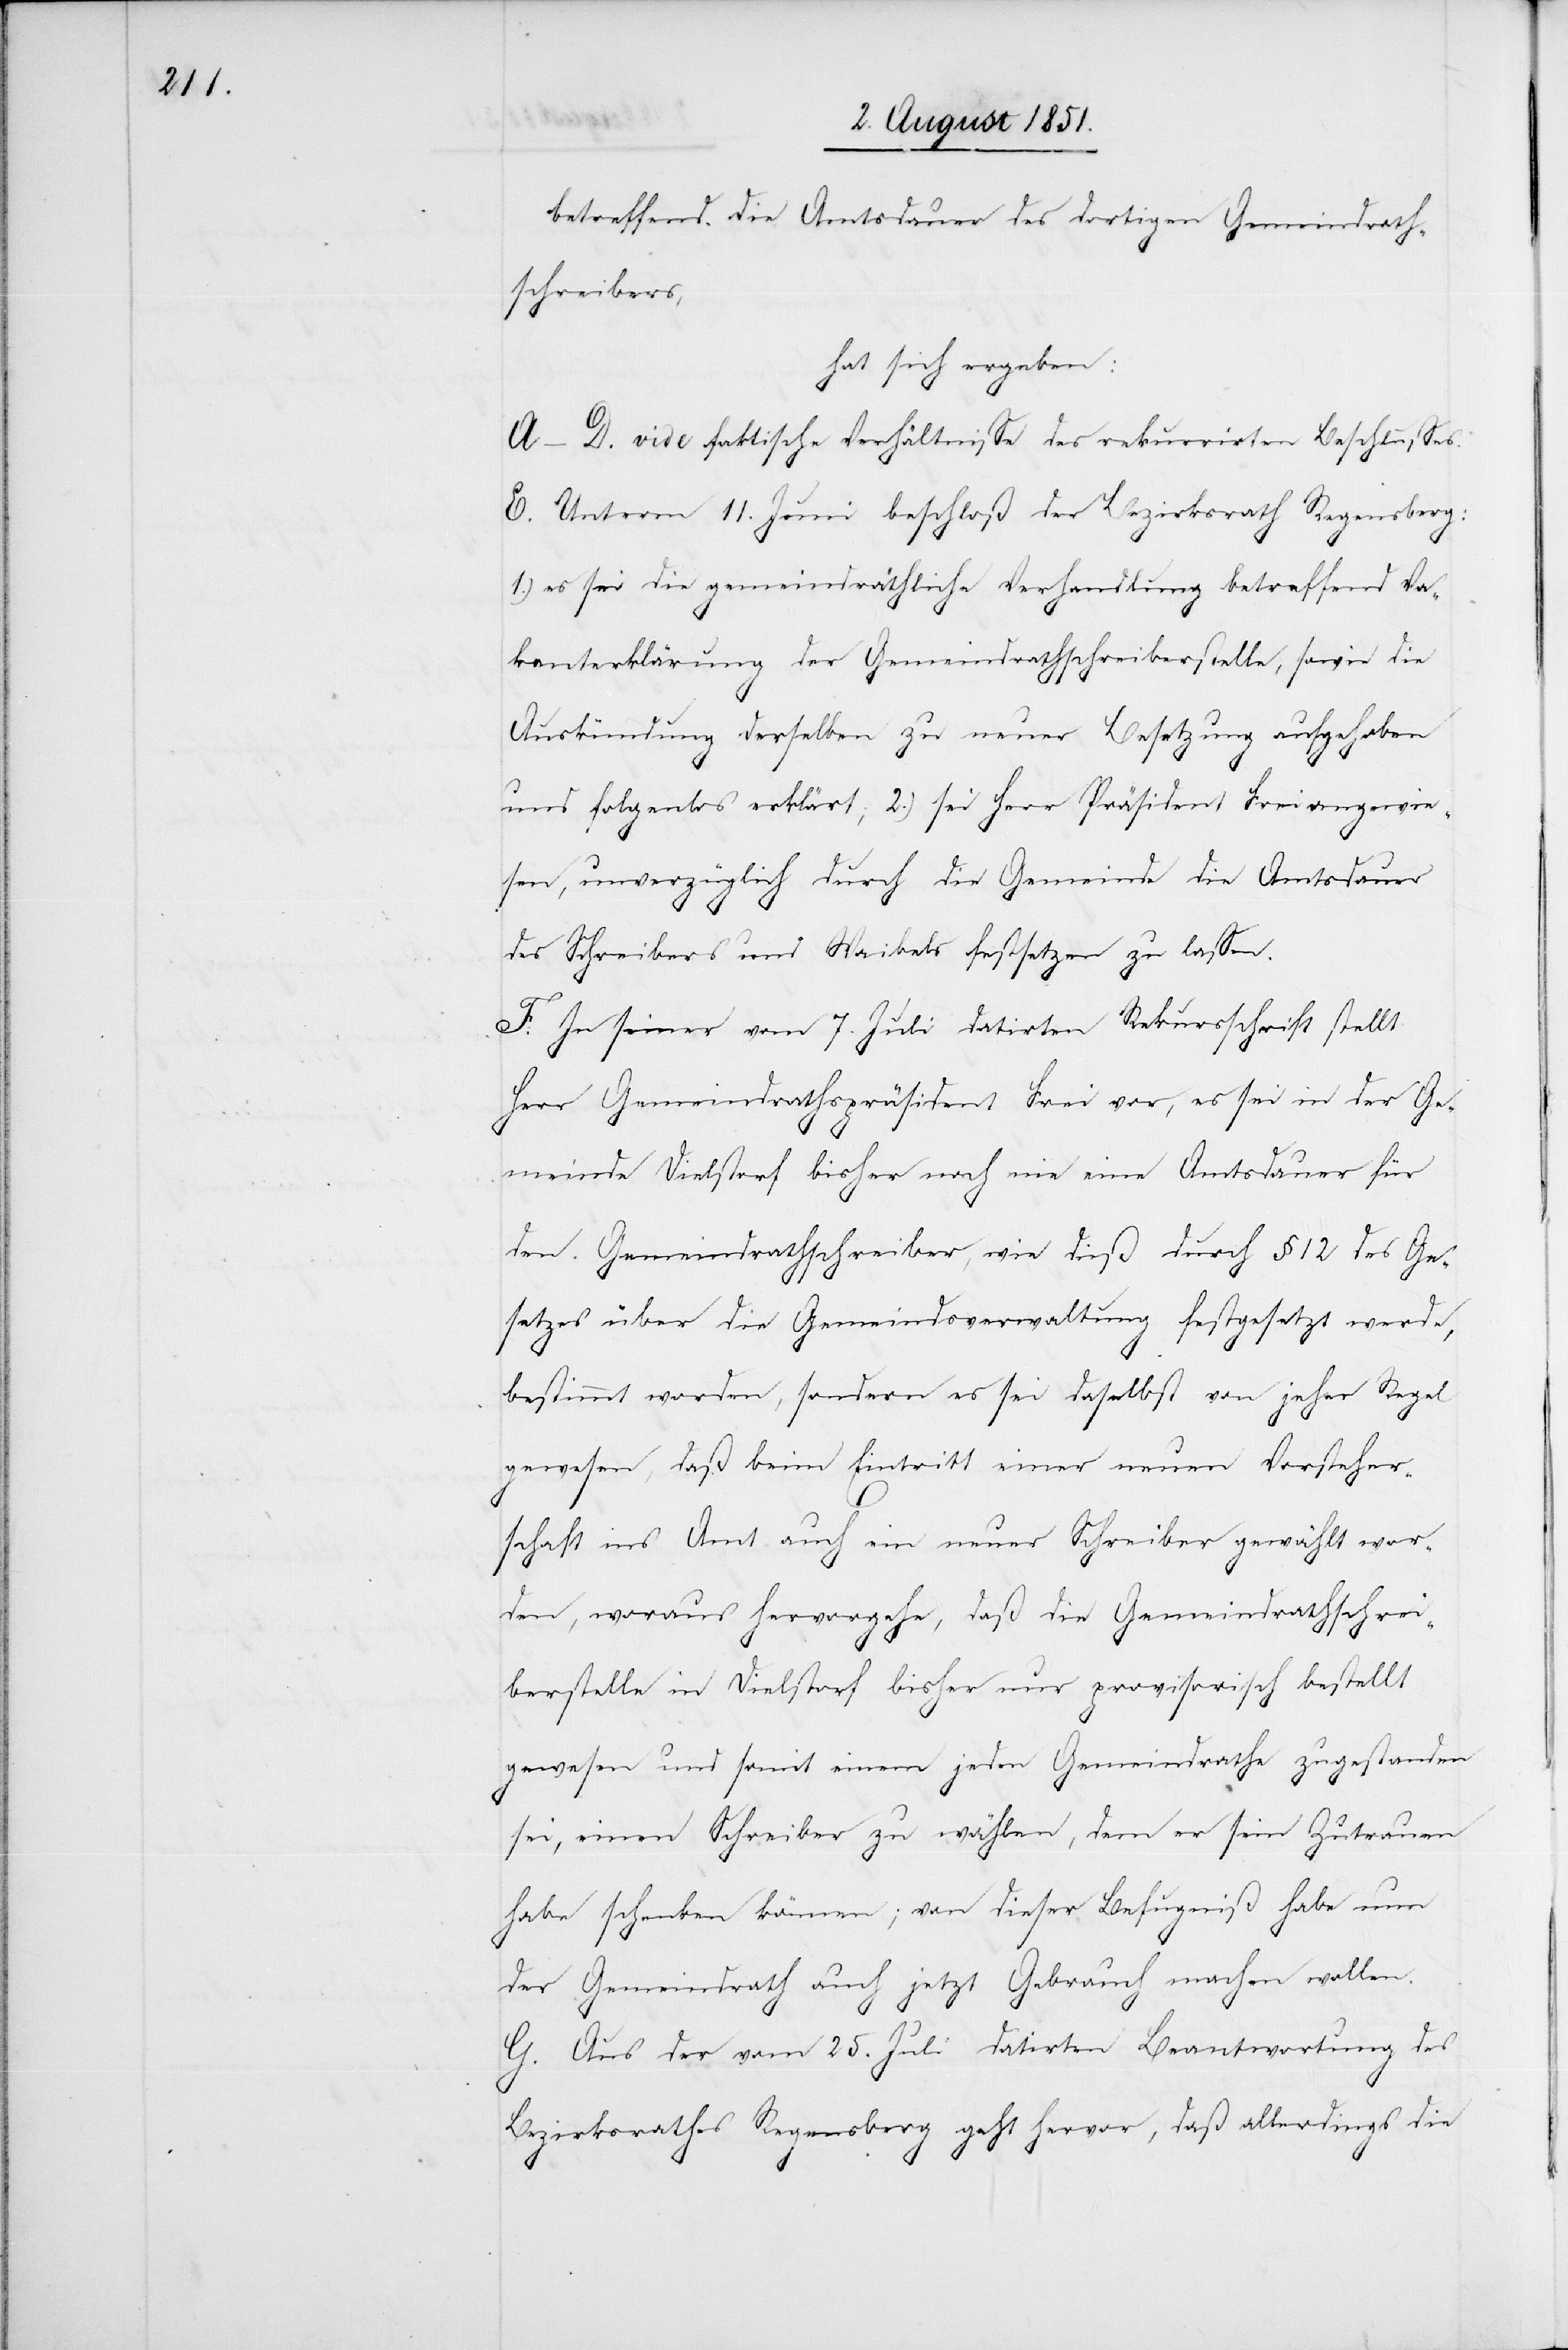
betreffend die Amtsdauer des dortigen Gemeindrath¬
schreibers,
hat sich ergeben:
A–D. vide faktische Verhältnisse des rekurrirten Beschlusses.
E. Unterm 11. Juni beschloß der Bezirksrath Regensberg:
1.) es sei die gemeindräthliche Verhandlung betreffend Va¬
kanterklärung der Gemeindrathschreiberstelle, sowie die
Auskündung derselben zu neuer Besetzung aufgehoben
und folgenlos erklärt; 2.) sei Herr Präsident Frei angewie¬
sen, unverzüglich durch die Gemeinde die Amtsdauer
des Schreibers und Waibels festsetzen zu lassen.
F. In seiner vom 7. Juli datirten Rekursschrift stellt
Herr Gemeindrathspräsident Frei vor, es sei in der Ge¬
meinde Dielstorf bisher noch nie eine Amtsdauer für
den Gemeindrathschreiber, wie dieß durch § 12 des Ge¬
setzes über die Gemeindsverwaltung festgesetzt werde,
bestimmt worden, sondern es sei daselbst von jeher Regel
gewesen, daß beim Eintritt einer neuen Vorsteher¬
schaft ins Amt auch ein neuer Schreiber gewählt wor¬
den, woraus hervorgehe, daß die Gemeindrathschrei¬
berstelle in Dielstorf bisher nur provisorisch bestellt
gewesen und somit einem jeden Gemeindrathe zugestanden
sei, einen Schreiber zu wählen, dem er sein Zutrauen
habe schenken können; von dieser Befugniß habe nun
der Gemeindrath auch jetzt Gebrauch machen wollen.
G. Aus der vom 25. Juli datirten Beantwortung des
Bezirksrathes Regensberg geht hervor, daß allerdings die